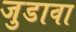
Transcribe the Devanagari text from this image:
जुडावा